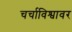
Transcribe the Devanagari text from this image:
चर्चाविश्वावर